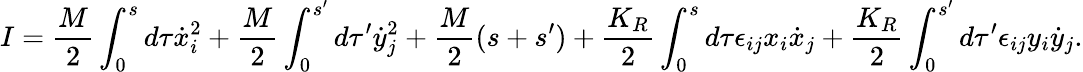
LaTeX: I=\frac{M}{2}\int_{0}^{s}d\tau\dot{x}_{i}^{2}+\frac{M}{2}\int_{0}^{s^{\prime}}d\tau^{\prime}\dot{y}_{j}^{2}+\frac{M}{2}(s+s^{\prime})+\frac{K_{R}}{2}\int_{0}^{s}d\tau\epsilon_{ij}x_{i}\dot{x}_{j}+\frac{K_{R}}{2}\int_{0}^{s^{\prime}}d\tau^{\prime}\epsilon_{ij}y_{i}\dot{y}_{j}.